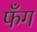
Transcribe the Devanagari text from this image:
फँग